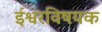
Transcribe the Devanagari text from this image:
ईश्वरविषयक